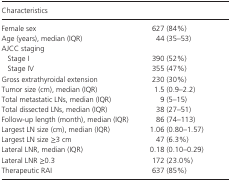
| <COLSPAN=2> Characteristics |
 | --- | --- |
 | Female sex | 627 (84%) |
 | Age (years), median (IQR) | 44 (35–53) |
 | <COLSPAN=2> AJCC staging |
 | Stage I | 390 (52%) |
 | Stage IV | 355 (47%) |
 | Gross extrathyroidal extension | 230 (30%) |
 | Tumor size (cm), median (IQR) | 1.5 (0.9–2.2) |
 | Total metastatic LNs, median (IQR) | 9 (5–15) |
 | Total dissected LNs, median (IQR) | 38 (27–51) |
 | Follow‐up length (month), median (IQR) | 86 (74–113) |
 | Largest LN size (cm), median (IQR) | 1.06 (0.80–1.57) |
 | Largest LN size ≥3 cm | 47 (6.3%) |
 | Lateral LNR, median (IQR) | 0.18 (0.10–0.29) |
 | Lateral LNR ≥0.3 | 172 (23.0%) |
 | Therapeutic RAI | 637 (85%) |